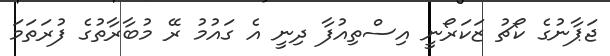
ޖަޕާނުގެ ކޯޗު ޒަކަރޯނީ އިސްތިިއުފާ ދިނީ އެ ގައުމު ރޭ މުބާރާތުގެ ފުރަތަމަ